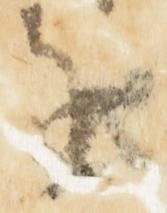
を